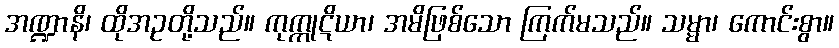
အဏ္ဍာနိ၊ ထိုအဥတို့သည်။ ကုက္ကုဋိယာ၊ အမိဖြစ်သော ကြက်မသည်။ သမ္မာ၊ ကောင်းစွာ။